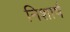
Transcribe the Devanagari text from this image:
निशार्ष